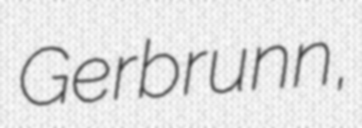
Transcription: Gerbrunn,